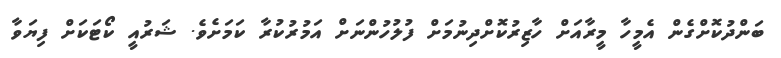
ބަންދުކޮށްގެން އެމީހާ މީރާއަށް ހާޒިރުކޮށްދިނުމަށް ފުލުހުންނަށް އަމުރުކުރާ ކަމަށެވެ. ޝަރުއީ ކޯޓަކަށް ފިޔަވާ